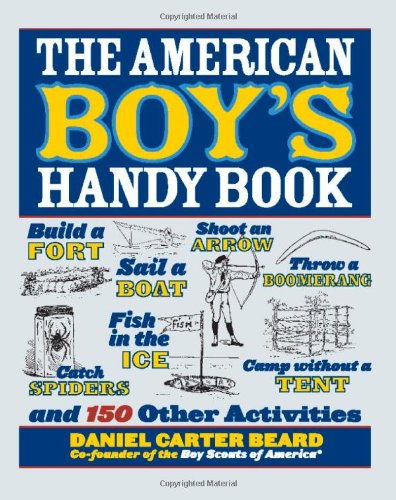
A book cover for The American Boy's Handy Book: Build a Fort, Sail a Boat, Shoot an Arrow, Throw a Boomerang, Catch Spiders, Fish in the Ice, Camp without a Tent and 150 Other Activities; Daniel Carter Beard; Children's Books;